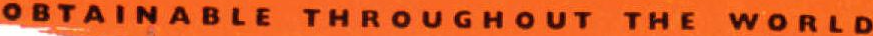
OBTAINABLE THROUGHOUT THE WORLD